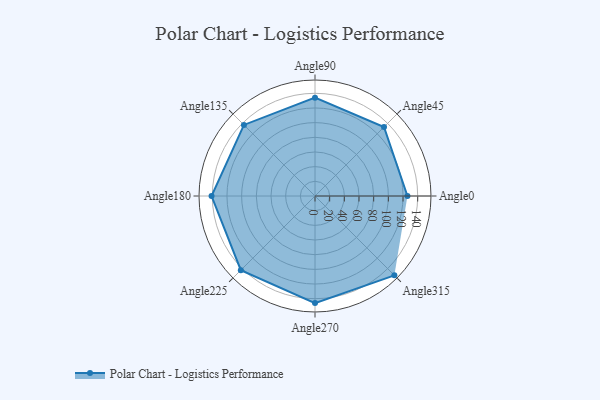
{"axis": {"x": "Angle", "y": "Radius"}, "legend": [""], "data": [{"x": "Angle0", "y": 126.0, "type": ""}, {"x": "Angle45", "y": 133.0, "type": ""}, {"x": "Angle90", "y": 134.0, "type": ""}, {"x": "Angle135", "y": 137.0, "type": ""}, {"x": "Angle180", "y": 141.0, "type": ""}, {"x": "Angle225", "y": 143.0, "type": ""}, {"x": "Angle270", "y": 146.0, "type": ""}, {"x": "Angle315", "y": 153.0, "type": ""}]}